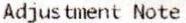
ADJUSTMENT NOTE